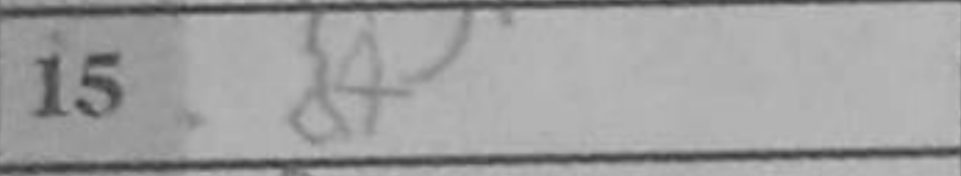
Transcription: d4